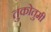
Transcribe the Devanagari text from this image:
तुकोतुमी